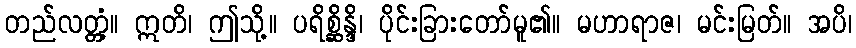
တည်လတ္တံ့။ ဣတိ၊ ဤသို့။ ပရိစ္ဆိန္ဒိ၊ ပိုင်းခြားတော်မူ၏။ မဟာရာဇ၊ မင်းမြတ်။ အပိ၊